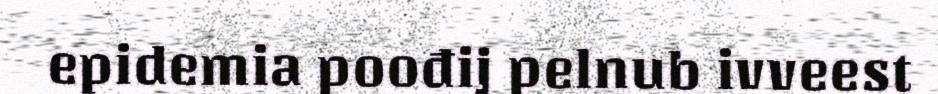
epidemia poođij pelnub ivveest